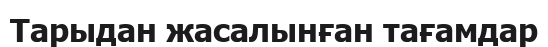
Тарыдан жасалынған тағамдар